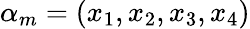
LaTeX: \alpha_{m}=(x_{1},x_{2},x_{3},x_{4})